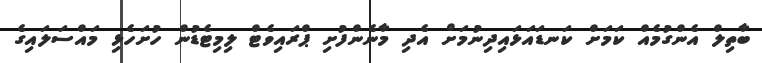
ބާތިލް އެންގުމެއް ކަމަށް ކަނޑައަޅައިދިނުމަށް އެދި މާނެންފުށި ޕްރައިވެޓް ލިމިޓެޑުން ހުށަހެޅި މައްސަލައިގެ